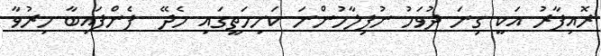
ރޮއިފާރު އަކީ ގިނަ ދުވަހު ނުފިލާހުންނަ ކަށިމަތީގައި ހެދޭ  ފެންފައިބާ ހިރުވާ